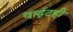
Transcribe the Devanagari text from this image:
वाईटही